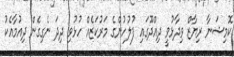
ކޮމިޝަނާ ރިޔާޒް ވިދާޅުވީ ދިއްދޫގައި ފުލުހުންގެ މަރުކަޒެއް ހުޅުވި ދިދަ ނެގިގެން ދިއުމާއެކު